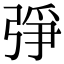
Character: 𢏰